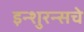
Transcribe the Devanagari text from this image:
इन्‍शुरन्‍सचे